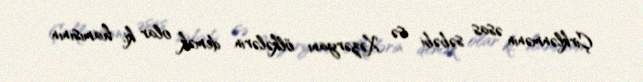
Çirklənmənin əsas səbəbi isə Xəzəryanı ölkələrin demək olar ki, hamısının